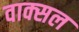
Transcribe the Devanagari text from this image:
वाक्‍सल